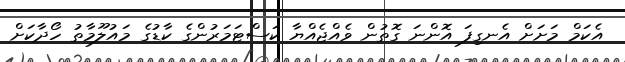
އެކަމް މަށަށް އެނގިފަ އޮންނަ ގޮތުން ވެއްޖެއްޔާ ކަސްޓަމަރުންގެ ކާޑުގެ މައުލޫމާތު ހޯދާކަށް